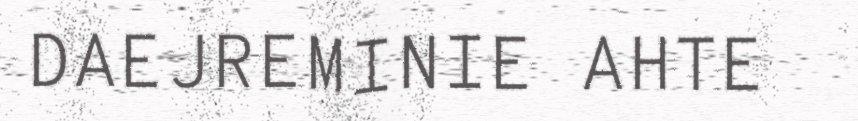
DAEJREMINIE AHTE